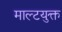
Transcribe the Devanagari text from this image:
माल्टयुक्त